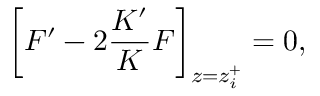
\bigg [ F ^ { \prime } - 2 \frac { K ^ { \prime } } { K } F \bigg ] _ { z = z _ { i } ^ { + } } = 0 ,